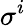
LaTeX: \sigma^{i}